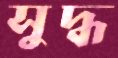
সুদ্ধ